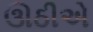
ઊઠીએ